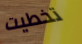
تخطيت